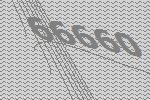
66660